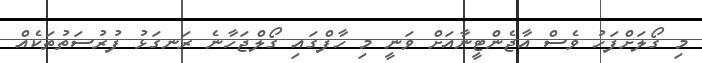
މި ގޯލަށްފަހު ވެސް އާޖެންޓީނާއަށް ވަނީ މި ހާފްގައި ގޯލްޖަހާނެ ރަނގަޅު ފުރުސަތުތަކެއް